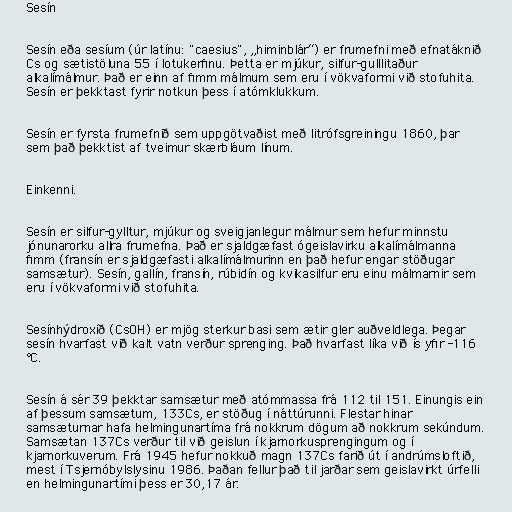
Sesín

Sesín eða sesíum (úr latínu: "caesius", „himinblár“) er frumefni með efnatáknið
Cs og sætistöluna 55 í lotukerfinu. Þetta er mjúkur, silfur-gulllitaður
alkalímálmur. Það er einn af fimm málmum sem eru í vökvaformi við stofuhita.
Sesín er þekktast fyrir notkun þess í atómklukkum.

Sesín er fyrsta frumefnið sem uppgötvaðist með litrófsgreiningu 1860, þar
sem það þekktist af tveimur skærbláum línum.

Einkenni.

Sesín er silfur-gylltur, mjúkur og sveigjanlegur málmur sem hefur minnstu
jónunarorku allra frumefna. Það er sjaldgæfast ógeislavirku alkalímálmanna
fimm (fransín er sjaldgæfasti alkalímálmurinn en það hefur engar stöðugar
samsætur). Sesín, gallín, fransín, rúbidín og kvikasilfur eru einu málmarnir sem
eru í vökvaformi við stofuhita.

Sesínhýdroxíð (CsOH) er mjög sterkur basi sem ætir gler auðveldlega. Þegar
sesín hvarfast við kalt vatn verður sprenging. Það hvarfast líka við ís yfir -116
°C.

Sesín á sér 39 þekktar samsætur með atómmassa frá 112 til 151. Einungis ein
af þessum samsætum, 133Cs, er stöðug í náttúrunni. Flestar hinar
samsæturnar hafa helmingunartíma frá nokkrum dögum að nokkrum sekúndum.
Samsætan 137Cs verður til við geislun í kjarnorkusprengingum og í
kjarnorkuverum. Frá 1945 hefur nokkuð magn 137Cs farið út í andrúmsloftið,
mest í Tsjernóbylslysinu 1986. Þaðan fellur það til jarðar sem geislavirkt úrfelli
en helmingunartími þess er 30,17 ár.